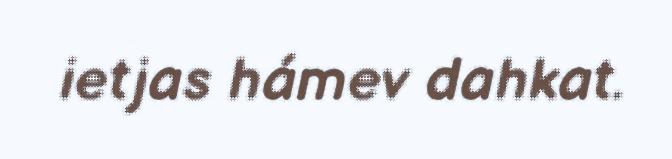
ietjas hámev dahkat.